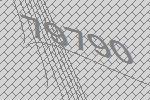
79790